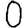
Digit: 0